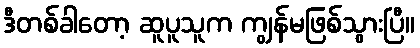
ဒီတစ်ခါတော့ ဆူပူသူက ကျွန်မဖြစ်သွားပြီ။